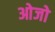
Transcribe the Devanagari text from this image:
ओजो